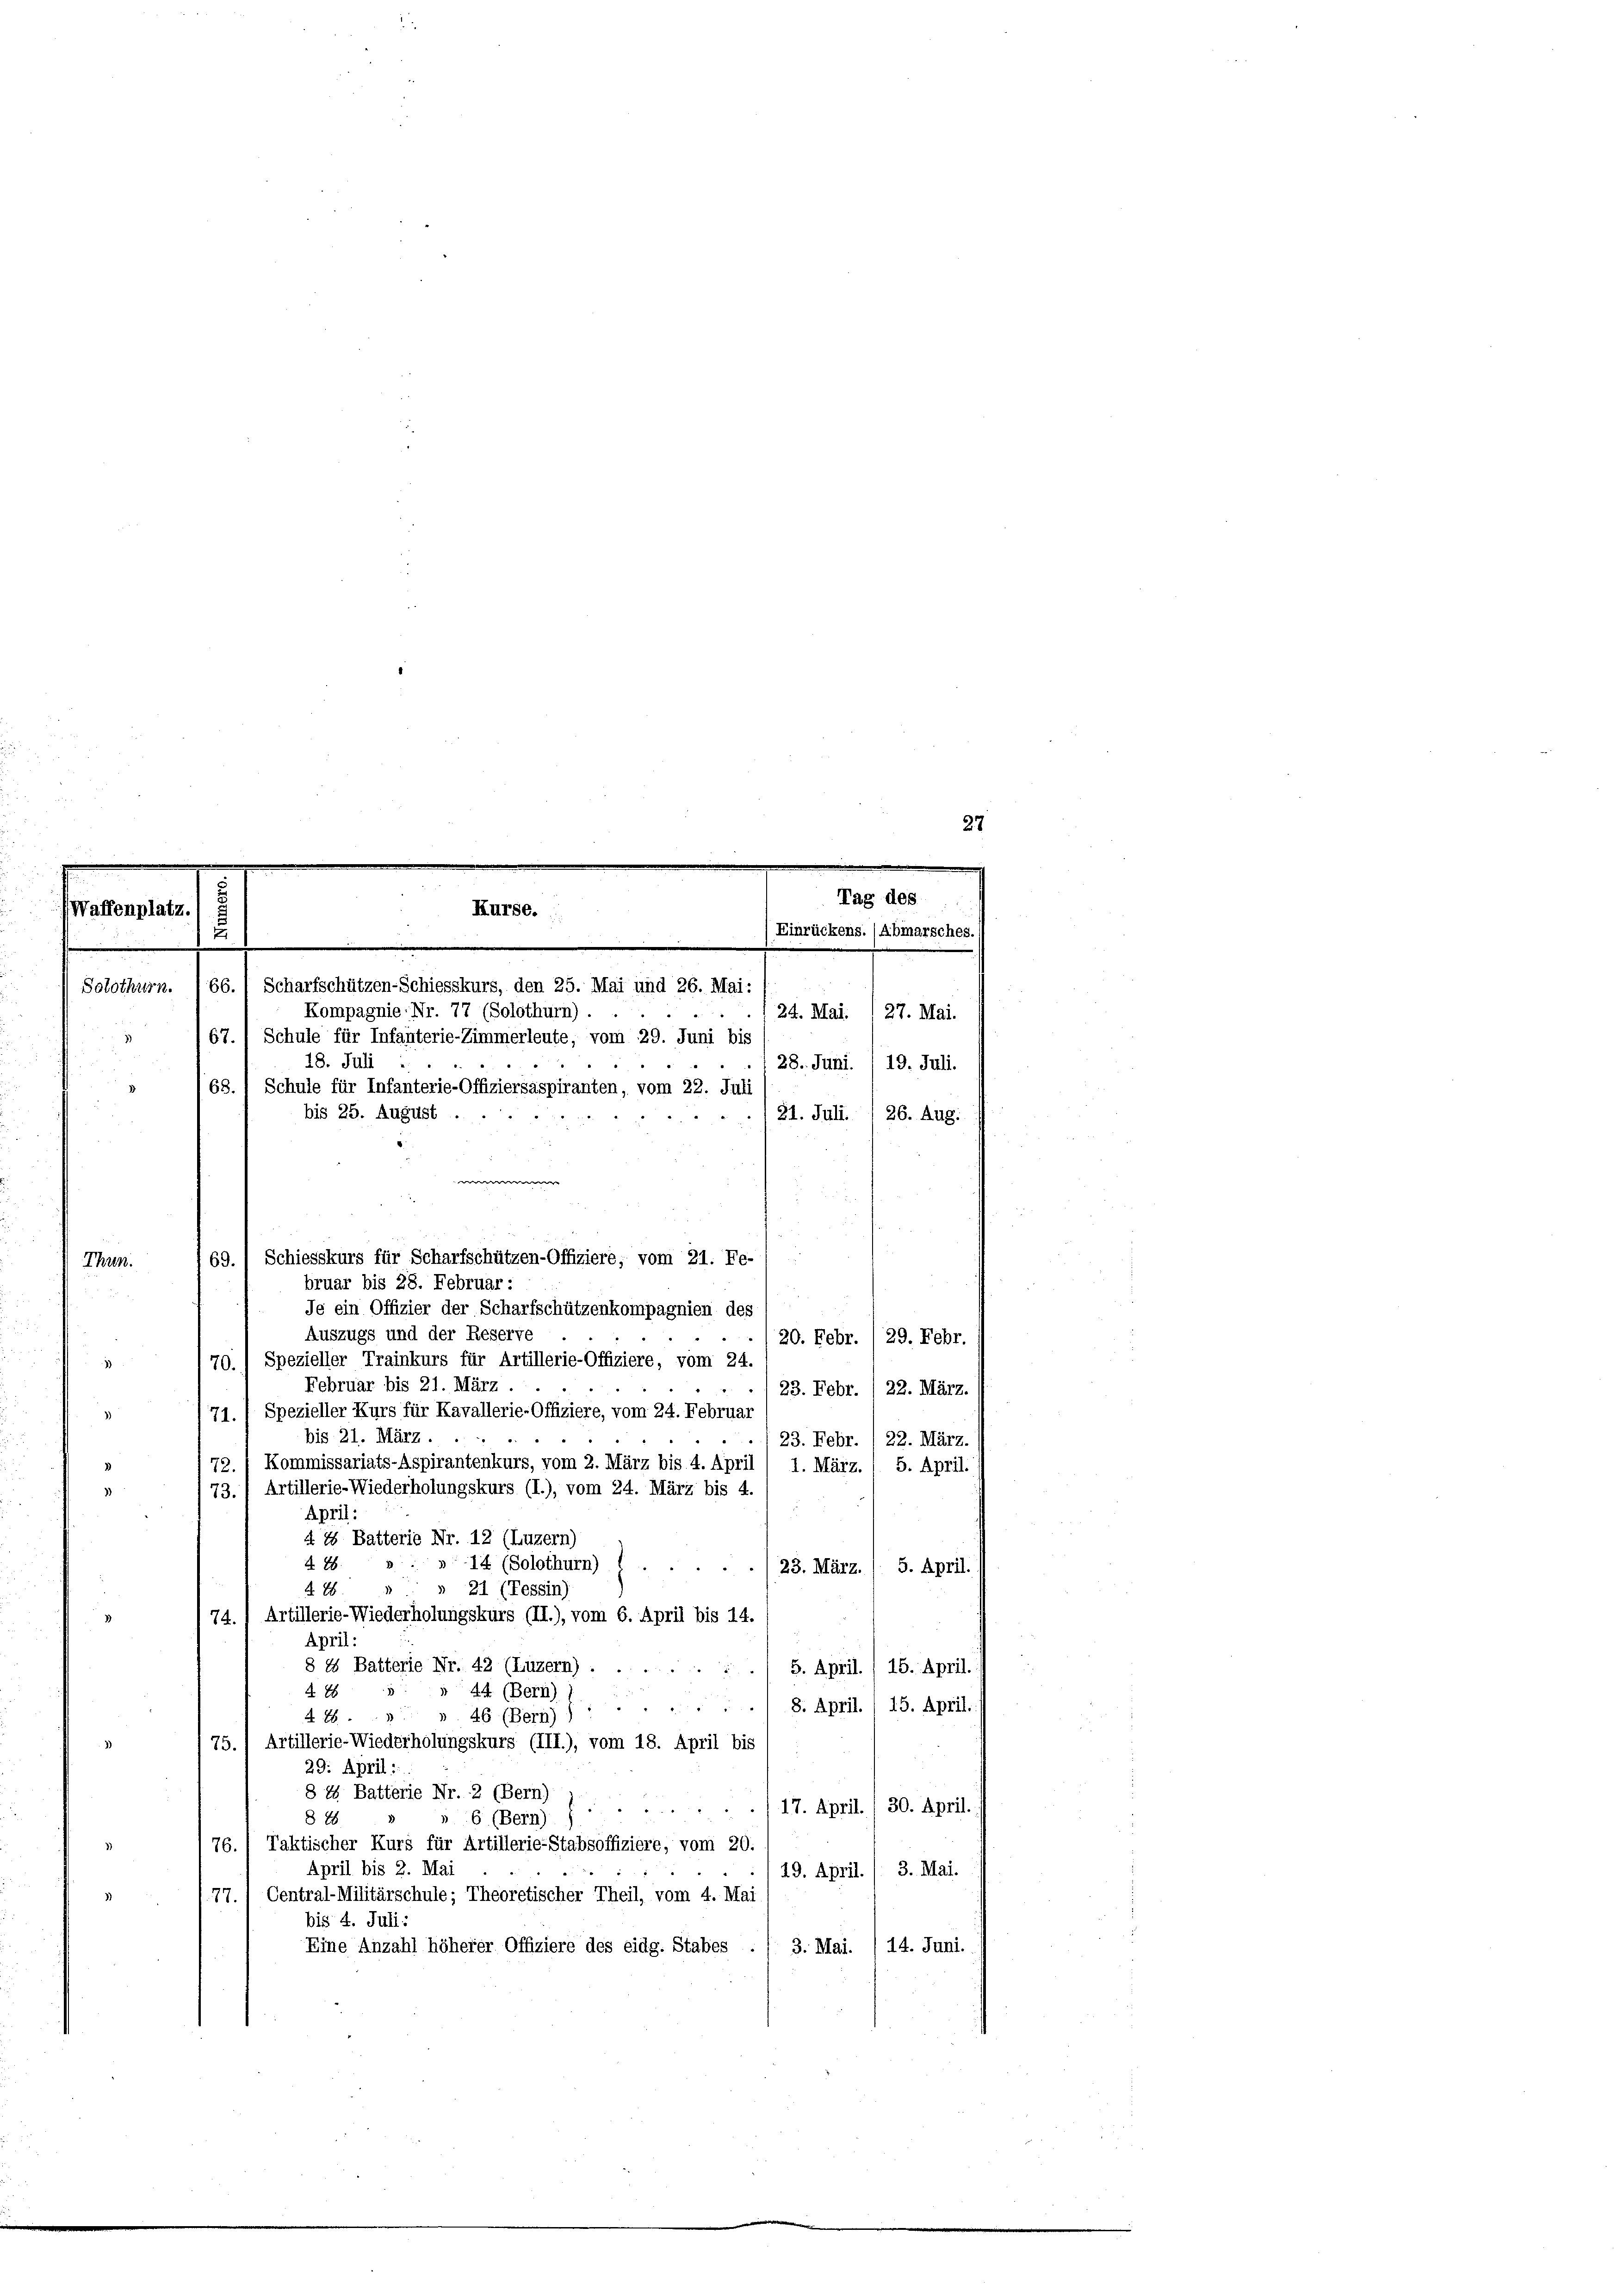
.
Waffenplatz.
u

Thun.

66. 1 Scharfschützen-Schiesskurs, den 25. Mai und 26. Mai:
Solothurn.
Kompagnie Nr. 77 (Solothurn).
67.) Schule für Infanterie-Zimmerleute, vom 29. Juni bis
18. Juli
28. Juni. 19. Juli.
68. 1 Schule für Infanterie-Offiziersaspiranten, vom 22. Juli
3
21. Juli. / 26. Aug.
w
69.) Schiesskurs für Scharfschützen-Offiziere, vom 21. Fe-
Je ein Offizier der Scharfschützenkompagnien des
Auszugs und der Reserve
20. Febr. /29. Febr.
70.) Spezieller Trainkurs für Artillerie-Offiziere, vom 24.
1
Februar bis 21. März.
23. Febr. / 22. März.
71.) Spezieller Kurs für Kavallerie-Offiziere, vom 24. Februar
z
bis 21. März.
23. Febr. 1 22. März.
72. / Kommissariats-Aspirantenkurs, vom 2. März bis 4. April
1. März. 1 5. April.
73.) Artillerie-Wiederholungskurs (I.), vom 24. März bis 4.
April:
§ 15 Batterie Nr. 12 (Luzern)
26
14 (Solothurn)
23. März. / 5. April.
 21 (Tessin)
§. 26.
74.) Artillerie-Wiederholungskurs (II.), vom 6. April bis 14.
April:
§ 15 Batterie Nr. 42 (Luzern).
5. April. / 15. April.
44 (Bern)
278
2
8. April. / 15. April.
§ 26
46 (Bern) s
75., Artillerie-Wiederholungskurs (III.), vom 18. April bis
29. April:
8 4 Batterie Nr. 2 (Bern)
./17. April. / 30. April.
§ 28
6 (Bern)
76.) Taktischer Kurs für Artillerie-Stabsoffiziere, vom 20.
April bis 2. Mai
49. April. / 3. Mai.
77. 1 Central-Militärschule ; Theoretischer Theil, vom 4. Mai
bis 4. Juli:
Eine Anzahl höherer Offiziere des eidg. Stabes . , 3. Mai. /14. Juni.

bis 25. August.

bruar bis 28. Februar:

Kurse.

Tag des
Einrückens. (Abmarsches.
24. Mai. 127. Mai.

27